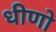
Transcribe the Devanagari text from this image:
धीणो